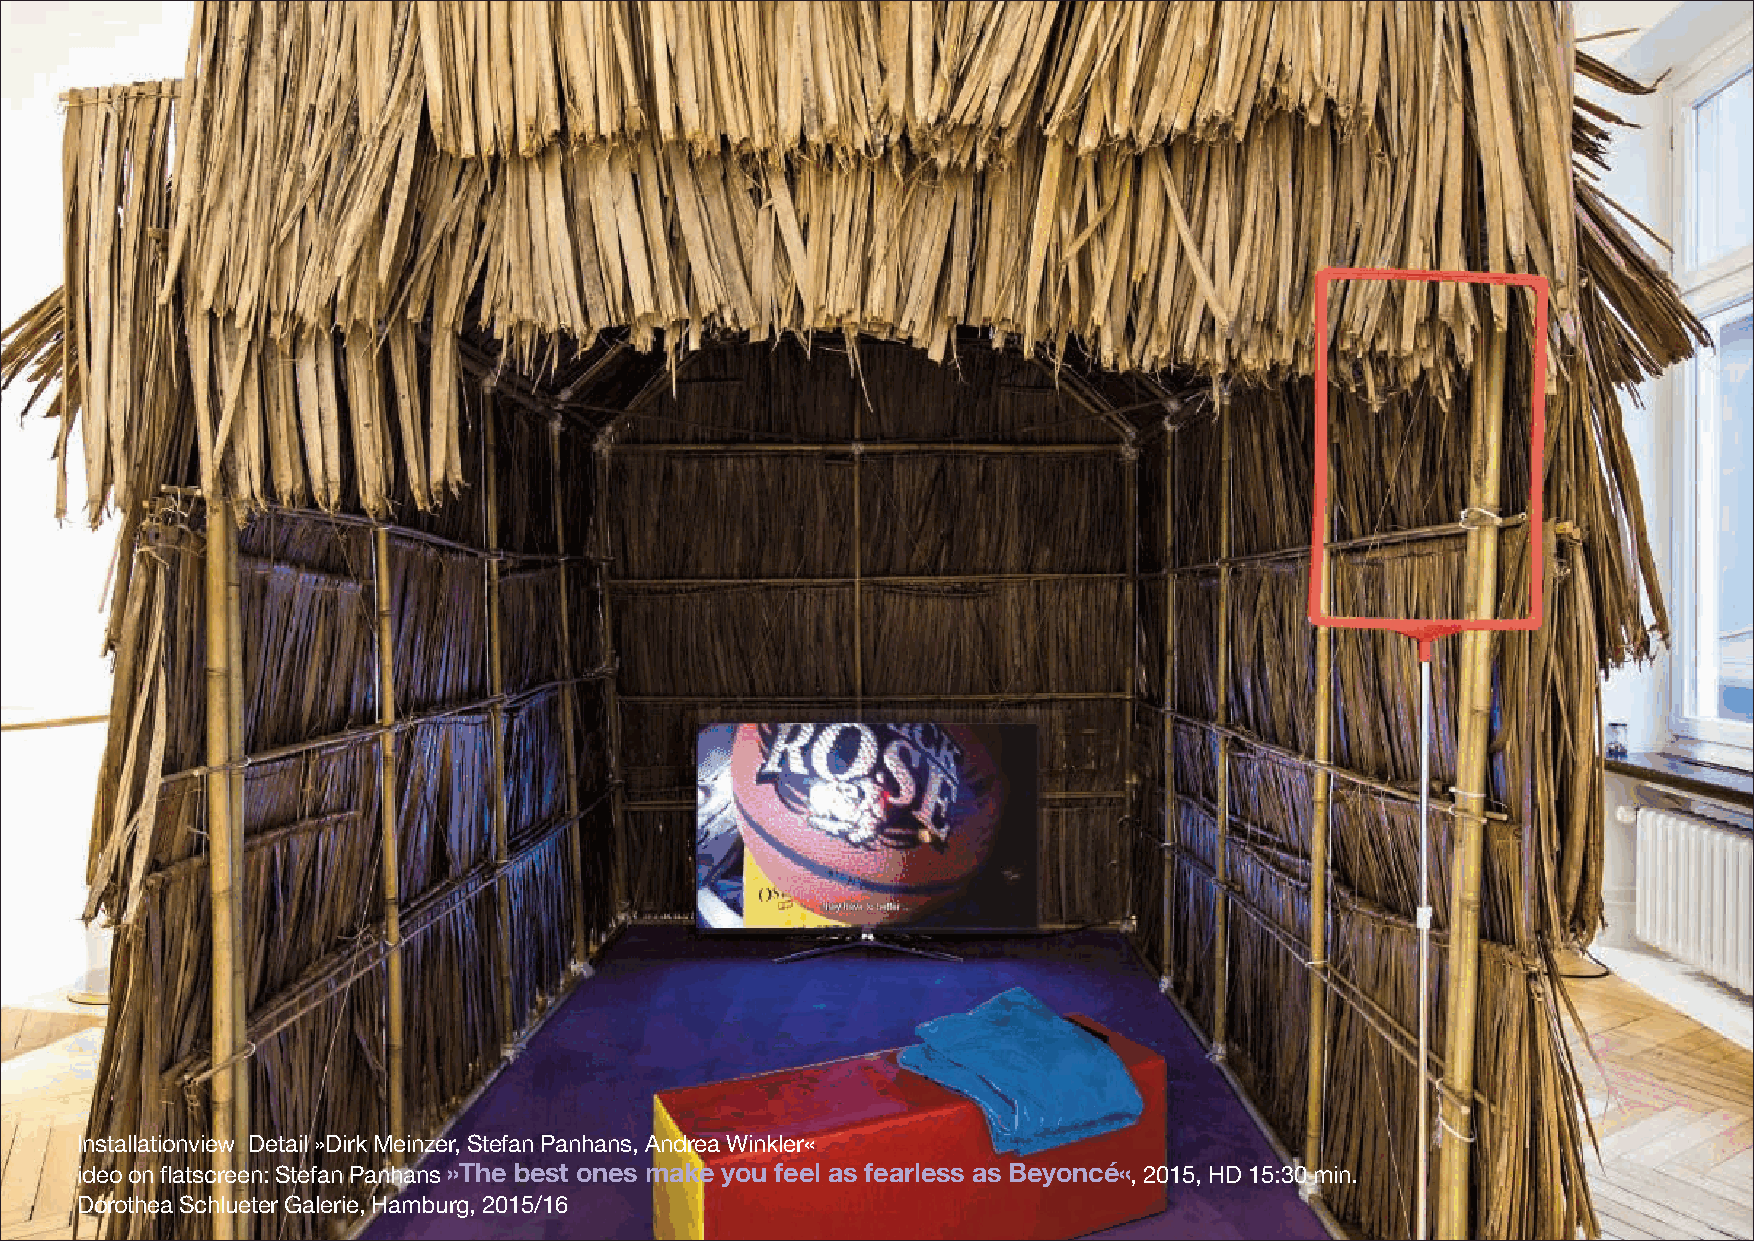
Installationview Detail »Dirk Meinzer, Stefan Panhans, Andrea Winkler«
 ideo on flatscreen: Stefan Panhans »The best ones make you feel as fearless as Beyoncé«, 2015, HD 15:30 min.
 Dorothea Schlueter Galerie, Hamburg, 2015/16